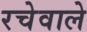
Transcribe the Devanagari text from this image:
रचेवाले